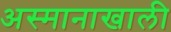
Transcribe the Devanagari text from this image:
अस्मानाखाली